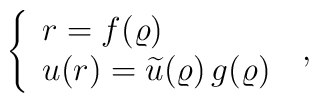
\left\{   \begin{array}{l} r =  f(\varrho) \nonumber \\u (r)   =  \widetilde{u} (\varrho) \, g(\varrho)\end{array}\right.\; ,